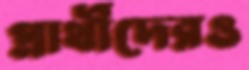
প্রার্থীদেরও